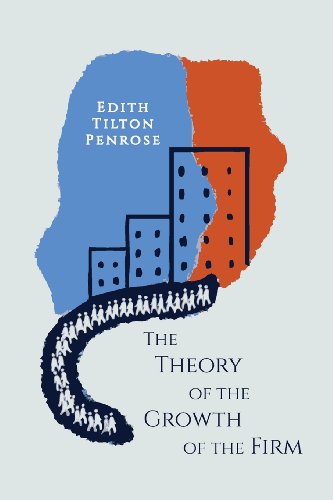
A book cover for The Theory of the Growth of the Firm; Edith Penrose; Business & Money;